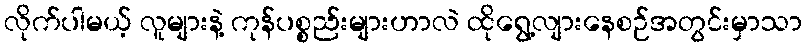
လိုက်ပါမယ့် လူများနဲ့ ကုန်ပစ္စည်းများဟာလဲ ထိုရွေ့လျားနေစဉ်အတွင်းမှာသာ